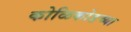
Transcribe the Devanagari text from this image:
कोळिकोडच्या